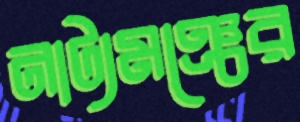
নাট্যমঞ্চের